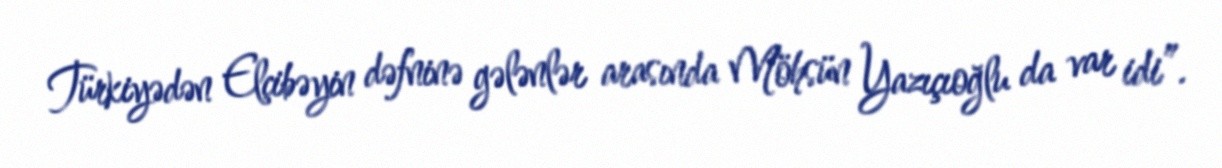
Türkiyədən Elçibəyin dəfninə gələnlər arasında Möhsün Yazıçıoğlu da var idi”.